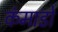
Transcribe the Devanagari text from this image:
कंमाडो